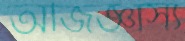
অজিজ্ঞাস্য